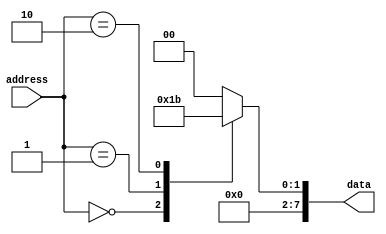
module rom (
    input [7:0] address,
    output reg [7:0] data
);

always @ (address)
begin
    case (address)
        8'b00000000: data = 8'b00000001;
        8'b00000001: data = 8'b00000010;
        8'b00000010: data = 8'b00000011;
        // Add more cases for additional data entries
        default: data = 8'b00000000; // Default case
    endcase
end

endmodule